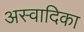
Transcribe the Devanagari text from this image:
अस्वादिका